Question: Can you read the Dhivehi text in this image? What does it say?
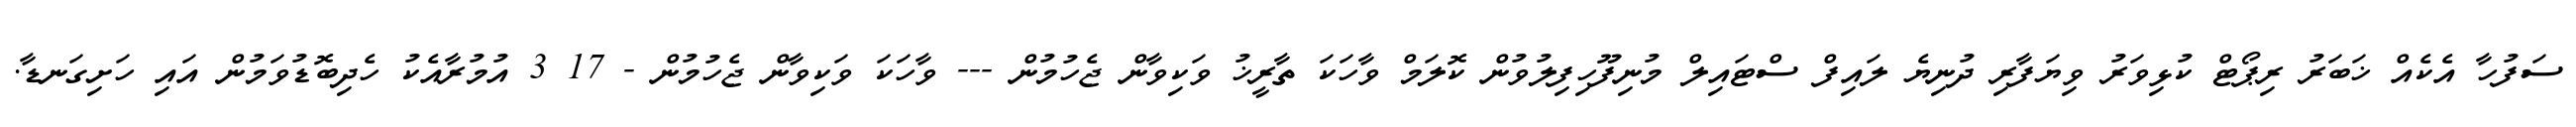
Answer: ސަފުހާ އެކެއް ޚަބަރު ރިޕޯޓް ކުޅިވަރު ވިޔަފާރި ދުނިޔެ ލައިފް ސްޓައިލް މުނިފޫހިފިލުވުން ކޮލަމް ވާހަކަ ތާރީޚު ވަކިވާން ޖެހުމުން --- ވާހަކަ ވަކިވާން ޖެހުމުން - 17 3 އުމުރާއެކު ހެދިބޮޑުވަމުން އައި ހަށިގަނޑާ.